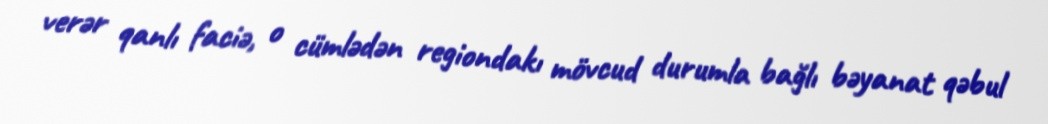
verər qanlı faciə, o cümlədən regiondakı mövcud durumla bağlı bəyanat qəbul